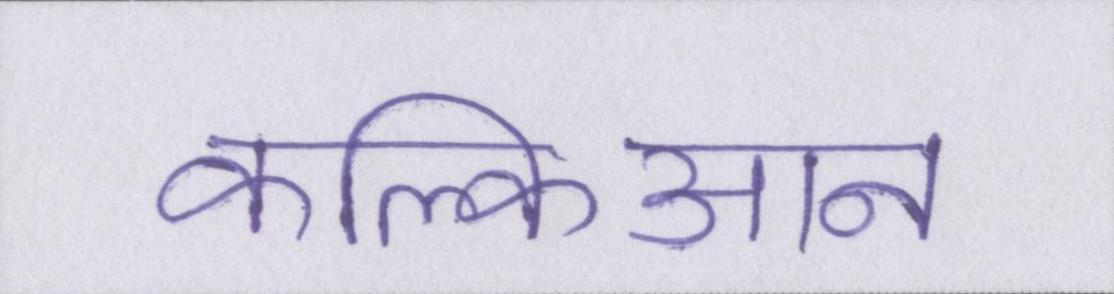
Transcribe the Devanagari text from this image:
कल्किआन